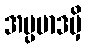
အပ္ပမာဒမှိ